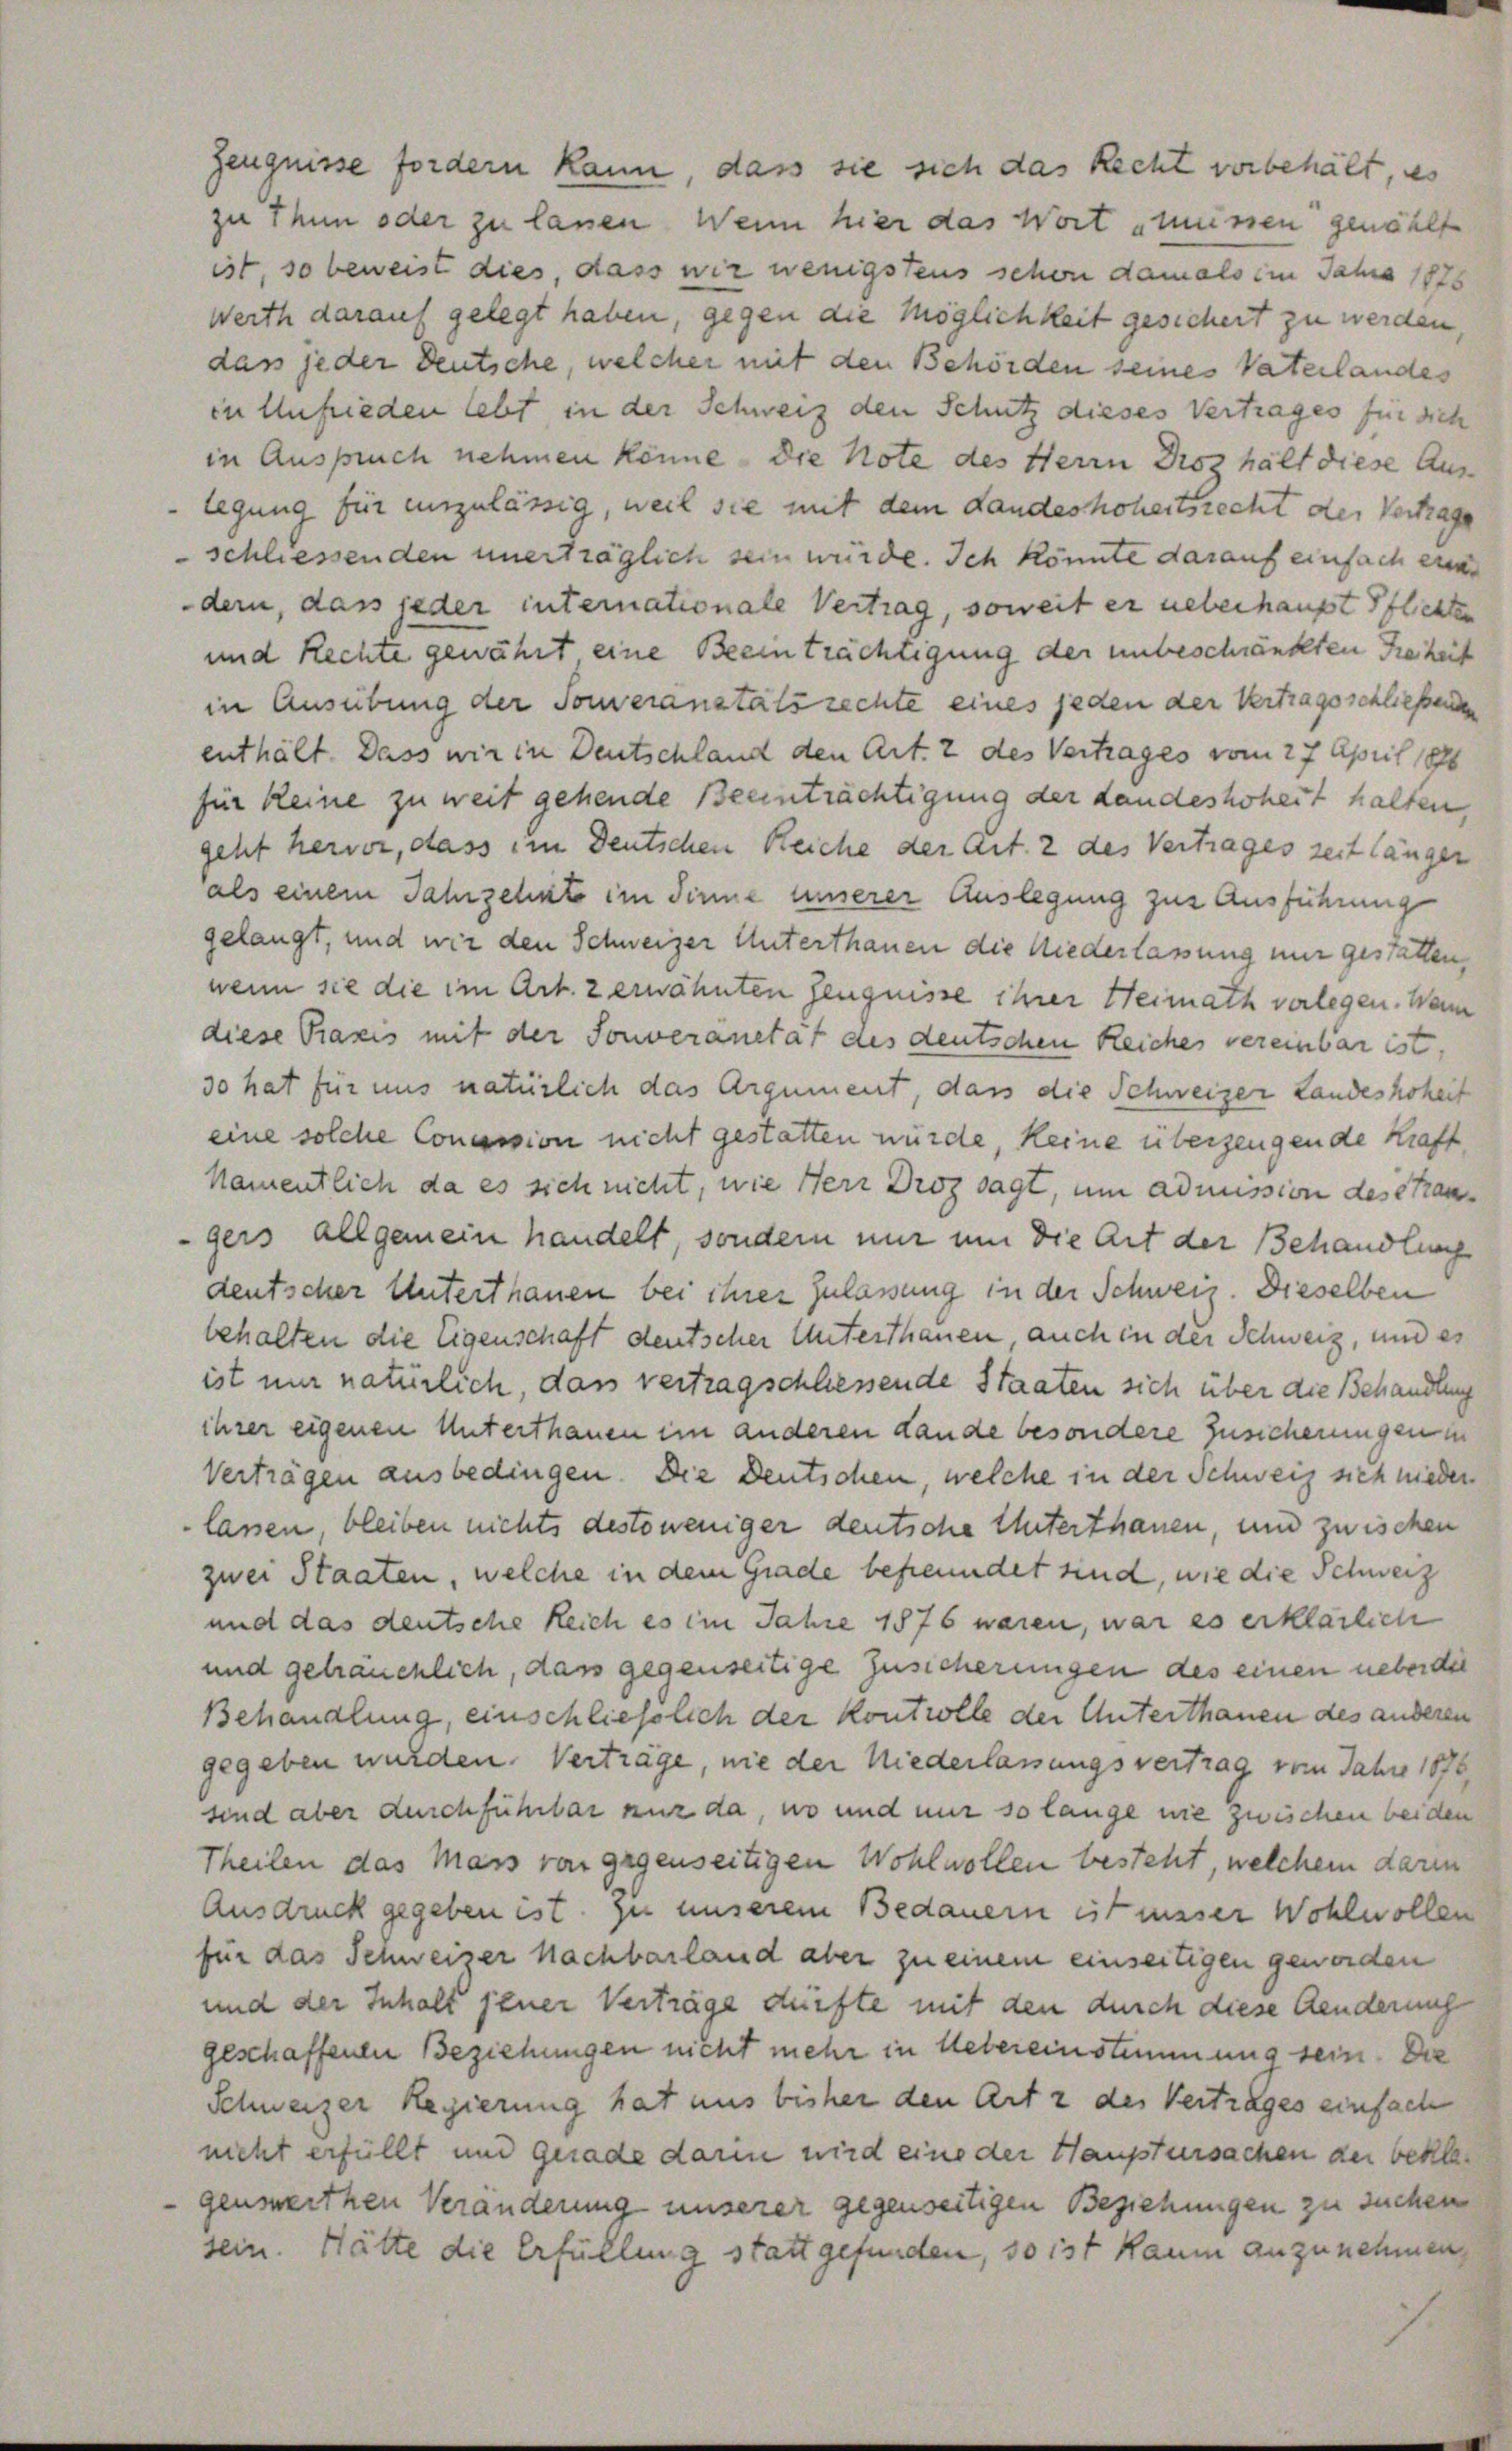
Zeugnisse fordern kann, dass sie sich das Recht vorbehält, es
zu Thun oder zu lassen. Wenn hier das Wort „mensen gewählt
ist, so beweist dies, dass wir wenigstens schon damals im Jahre 1828
Werth darauf gelegt haben, gegen die Möglichkeit gesichert zu werden.
das jeder deutsche, welcher mit den Behörden seines Vaterlandes
in Unfrieden lebt in der Schweiz den Schutz dieses Vertrages für sich
in Auspruch nehmen könne. Die Note des Herrn Disz hält diese Aus-
legung für einzulässig, weil sie mit dem Landeshoheitsrecht der Vertrage
schliessenden unerträglich sein würde. Ich könnte darauf einfach einer
dern, das jeder internationale Vertrag, soweit er ueberhaupt Pflichten
und Rechte gewährt eine Beeinträchtigung der unbeschränkten Sieheit
in Ausübung der Someranstals rechte eines jeden der Vertragsschließenden
enthält. Dass wir in Deutschland den Art. 2 des Vertrages vom 27 April 1888
für keine zu weit gehende Beeinträchtigung der Landeshoheit halten,
geht hervor, dass im Deutschen Reiche der Art. 2 des Vertrages seit länger
als einem Jahrzehnte im Sinne unserer Auslegung zur Ausführung
gelangt, und wir den Schweizer Unterthanen die Niederlassung mir gestatten,
wenn sie die im Art. zerwähnten Zeugnisse ihrer Heimath verlegen. Wenn
diese Praxis mit der Souveränetät des deutschen Reiches vereinbar ist,
30 hat für uns natürlich das Argument, dass die Schweizer Landeshoheit
eine solche Concession nicht gestatten würde, keine überzeugende Kraft
Namentlich da es sich nicht, wie Herr Droz sagt, um admission des étrangers allgemein handelt, sondern mir um die Art der Behandlung
deutscher Unterthanen bei ihrer Zulassung in der Schweiz. Dieselben
behalten die Eigenschaft deutscher Unterthanen, auch in der Schweiz, und es
ist nur natürlich, das vertragschliessende Staaten sich über die Behandlung
ihrer eigenen Unterthanen im anderen Lande besondere Zusicherungen in
Verträgen ausbedingen. Die Deutschen, welche in der Schweiz sich nieder
lassen, bleiben nichts destoweniger deutsche Unterthanen, und zwischen
zwei Staaten, welche in dem Grade befreundet sind, wie die Schweiz
und das deutsche Reich es im Jahre 1876 waren, war es erklärlich
und gebräuchlich, dass gegenseitige Zusicherungen des einen nebender
Behandlung, einschließlich der Kontrolle der Unterthanen des anderen
gegeben wurden. Verträge, nie der Niederlassungsvertrag vom Jahre 1876
sind aber durchführbar nur da, wo und mir so lange nie zwischen beiden
Theilen das Mass von gegenseitigen Wohlwollen besteht, welchem darin
Ausdruck gegeben ist. Zu unserem Bedauern ist miser Wohlwollen
für das Schweizer Nachbarland aber zu einem einseitigen geworden
und der Inhalt jener Verträge dürfte mit den durch diese Aenderung
geschaffenen Beziehungen nicht mehr in Uebereinstimmung sein. Die
Schweizer Regierung hat uns bisher den Art 2 des Vertrages einfach
nicht erfüllt und gerade darin wird eine der Hauptursachen der beklar
genmeithen Veränderung unserer gegenseitigen Beziehungen zu suchen
sein. Hätte die Erfüllung stattgefunden, so ist kaum anzunehmen